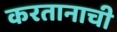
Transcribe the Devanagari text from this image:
करतानाची